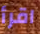
اقرأ